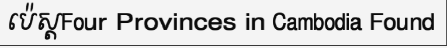
ប៉េស្តFour Provinces in Cambodia Found